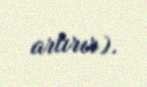
artırır).